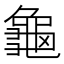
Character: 龜